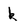
Character: k